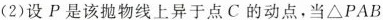
(2)设P是该抛物线上异于点C的动点，当△PAB